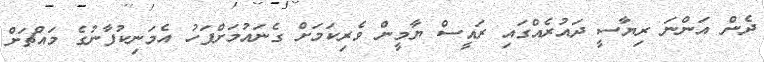
ދެން އަންނަ ރިޔާސީ ދައުރެއްގައި ރައީސް ޔާމީން ވެރިކަމަށް ގެނައުމަށްފަހު އެމަނިކުފާނުގެ މައްޗަށް